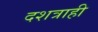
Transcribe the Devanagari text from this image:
दशत्राही